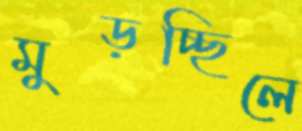
মুড়চ্ছিলে